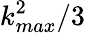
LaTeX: k_{max}^{2}/3